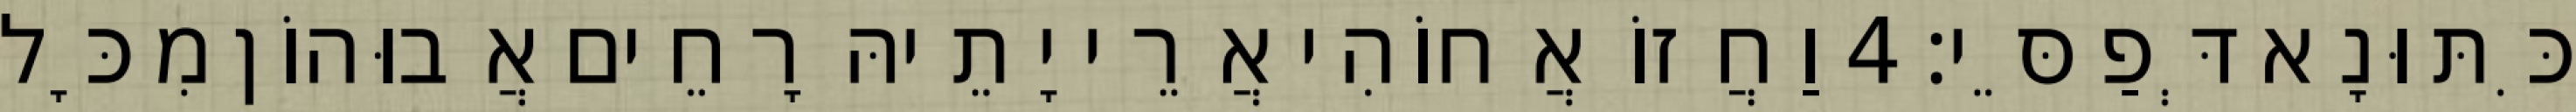
כִּתּוּנָא דְּפַסֵּי׃ 4 וַחֲזוֹ אֲחוֹהִי אֲרֵי יָתֵיהּ רָחֵים אֲבוּהוֹן מִכָּל